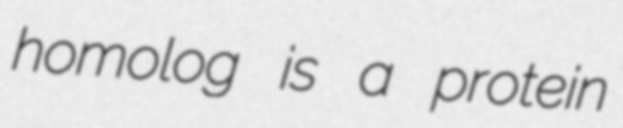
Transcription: homolog is a protein